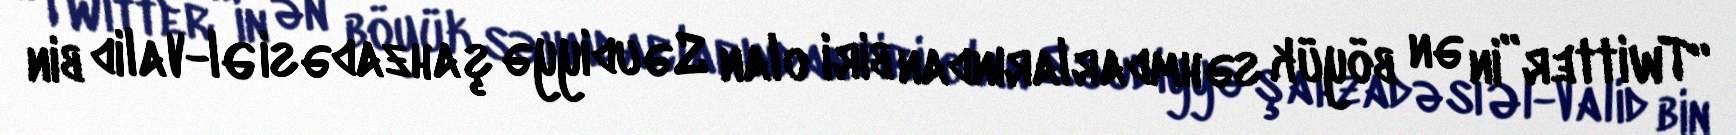
“Twitter”in ən böyük səhmdarlarından biri olan Səudiyyə şahzadəsi Əl-Valid bin